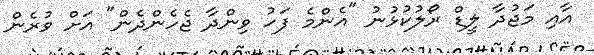
އާއި މަޖުދާ ލީޑް ރޯލުކުޅުނު "އެންމެ ފަހު ވިންދާ ޖެހެންދެން" އަށް ވުރެން